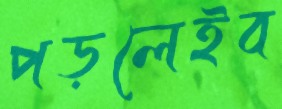
পড়লেইব